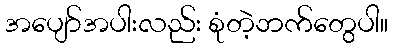
အပျော်အပါးလည်း စုံတဲ့ဘက်တွေပါ။